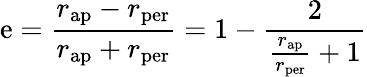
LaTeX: \mathrm{e}={\frac{{r_{\mathrm{{ap}}}-r_{\mathrm{{p\mathrm{e}r}}}}}{{r_{\mathrm{{ap}}}+r_{\mathrm{{p\mathrm{e}r}}}}}}=1-{\frac{{2}}{{{\frac{{r_{\mathrm{{ap}}}}}{{r_{\mathrm{{p\mathrm{e}r}}}}}}+1}}}